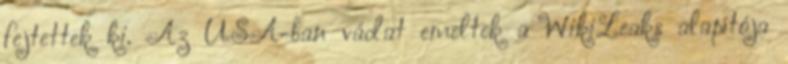
fejtettek ki. Az USA-ban vádat emeltek a WikiLeaks alapítója